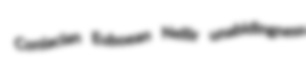
Coniacian Euboean Nellir unabidingness